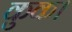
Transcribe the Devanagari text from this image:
कुक।